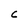
Character: C